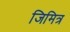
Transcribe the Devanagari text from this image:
जिमित्र